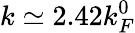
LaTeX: k\simeq 2.42k_{F}^{0}